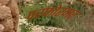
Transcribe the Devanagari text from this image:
परफोरमर